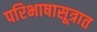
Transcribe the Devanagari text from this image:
परिभाषासूत्रात